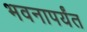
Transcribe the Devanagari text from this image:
भवनापर्यंत